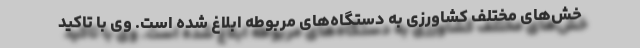
خش‌های مختلف کشاورزی به دستگاه‌های مربوطه ابلاغ شده است. وی با تاکید